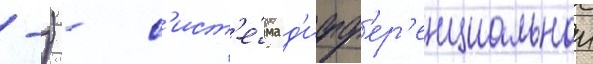
-)) - с'ист'е́ма д'ифф'ер'енциальнои